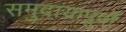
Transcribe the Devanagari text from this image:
समुदायापूर्वों